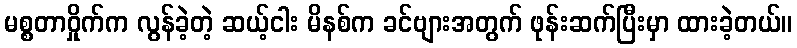
မစ္စတာဝှိုက်က လွန်ခဲ့တဲ့ ဆယ့်ငါး မိနစ်က ခင်ဗျားအတွက် ဖုန်းဆက်ပြီးမှာ ထားခဲ့တယ်။